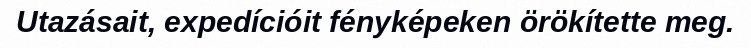
Utazásait, expedícióit fényképeken örökítette meg.